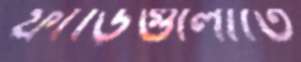
ফাঁড়িগুলোতে